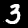
Digit: 3